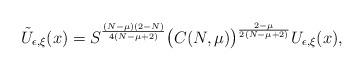
LaTeX: \begin{align*}\tilde{U}_{\epsilon,\xi}(x)=S^{\frac{(N-\mu)(2-N)}{4(N-\mu+2)}}\bigl(C(N,\mu)\bigr)^{\frac{2-\mu}{2(N-\mu+2)}}U_{\epsilon,\xi}(x),\end{align*}